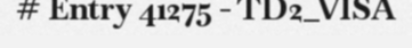
# Entry 41275 - TD2_VISA